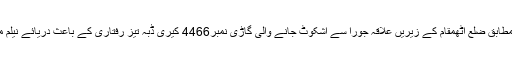
تفصیلات کے مطابق ضلع آٹھمقام کے زیریں علاقہ جورا سے اشکوٹ جانے والی گاڑی نمبر4466 کیری ڈبہ تیز رفتاری کے باعث دریائے نیلم میں جا گرا ہے۔